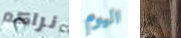
نراكم اليوم مرة